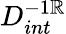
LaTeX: D_{int}^{-1\mathbb{R}}